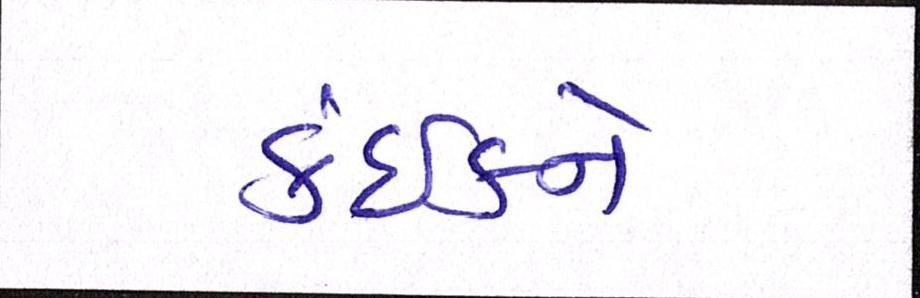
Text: કંઈકને